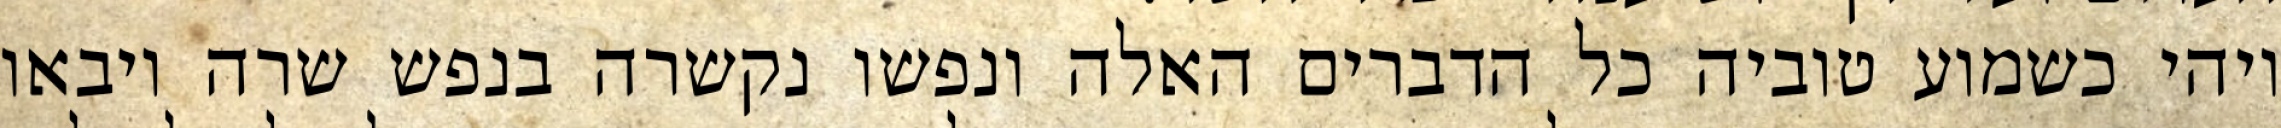
ויהי כשמוע טוביה כל הדברים האלה ונפשו נקשרה בנפש שרה ויבאו